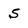
Character: S